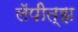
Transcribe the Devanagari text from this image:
लॅपीत्झ